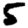
Digit: 5